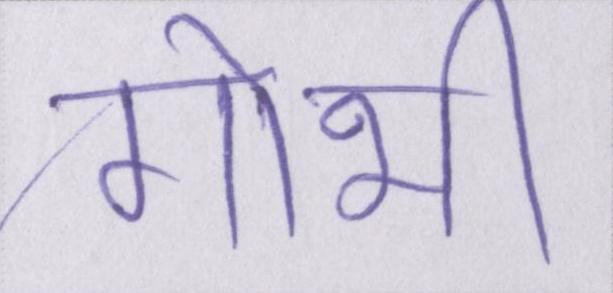
गोभी